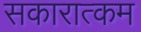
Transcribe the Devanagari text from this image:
सकारात्‍कम